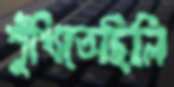
শুঁখিতেছিলি